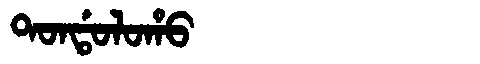
Manchu: ᡨᠣᠨᡩᠣᠯᠣᡥᠣ
Romanization: TONDOLOHO